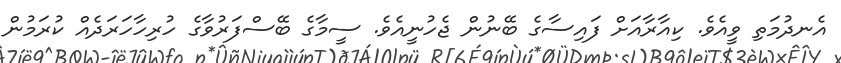
އެނދުމަތި ވީއެވެ. ކިއާރާއަށް ފައިސާގެ ބޭނުން ޖެހުނީއެވެ. ސީމާގެ ބޭސްފަރުވާގެ ހުރިހާހަރަދެއް ކުރަމުން